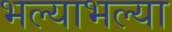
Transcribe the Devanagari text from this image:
भल्याभल्या